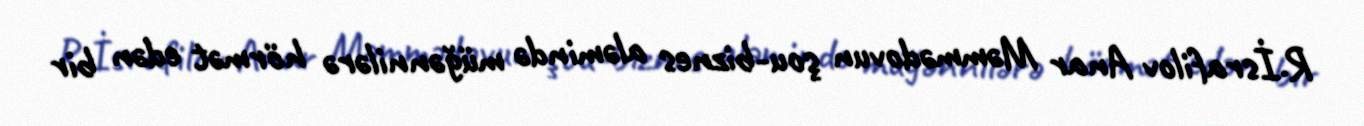
R.İsrafilov Anar Məmmədovun şou-biznes aləmində müğənnilərə hörmət edən bir